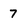
Character: 7